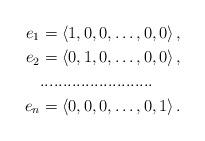
LaTeX: \begin{align*}e_1&=\left\langle1,0,0,\ldots,0,0\right\rangle,\\e_2&=\left\langle0,1,0,\ldots,0,0\right\rangle,\\&.........................\\e_n&=\left\langle0,0,0,\ldots,0,1\right\rangle.\end{align*}